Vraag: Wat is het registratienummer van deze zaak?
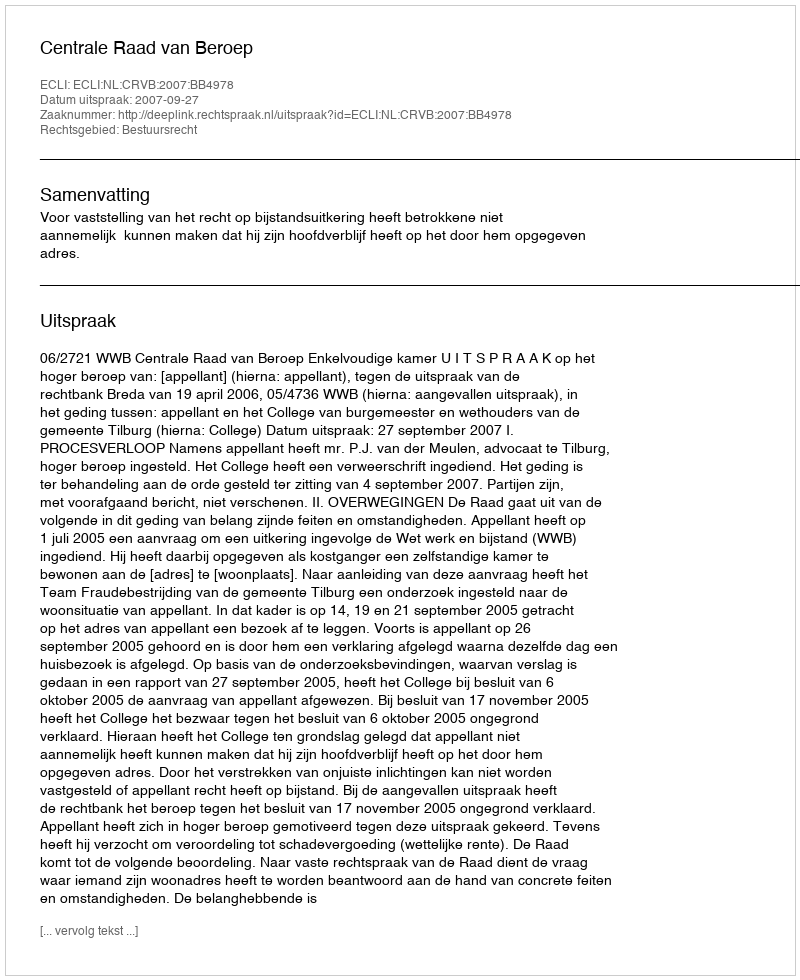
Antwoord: http://deeplink.rechtspraak.nl/uitspraak?id=ECLI:NL:CRVB:2007:BB4978